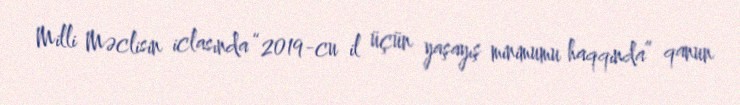
Milli Məclisin iclasında “2019-cu il üçün yaşayış minimumu haqqında” qanun